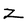
Character: Z